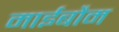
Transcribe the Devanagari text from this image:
माईबौम